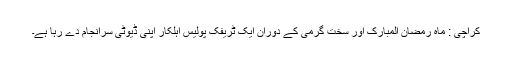
کراچی : ماہ رمضان المبارک اور سخت گرمی کے دوران ایک ٹریفک پولیس اہلکار اپنی ڈیوٹی سرانجام دے رہا ہے۔